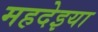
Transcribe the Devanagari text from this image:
महदेइया